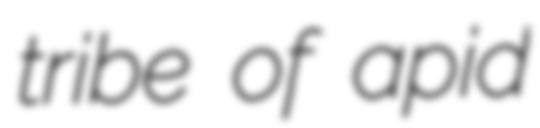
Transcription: tribe of apid